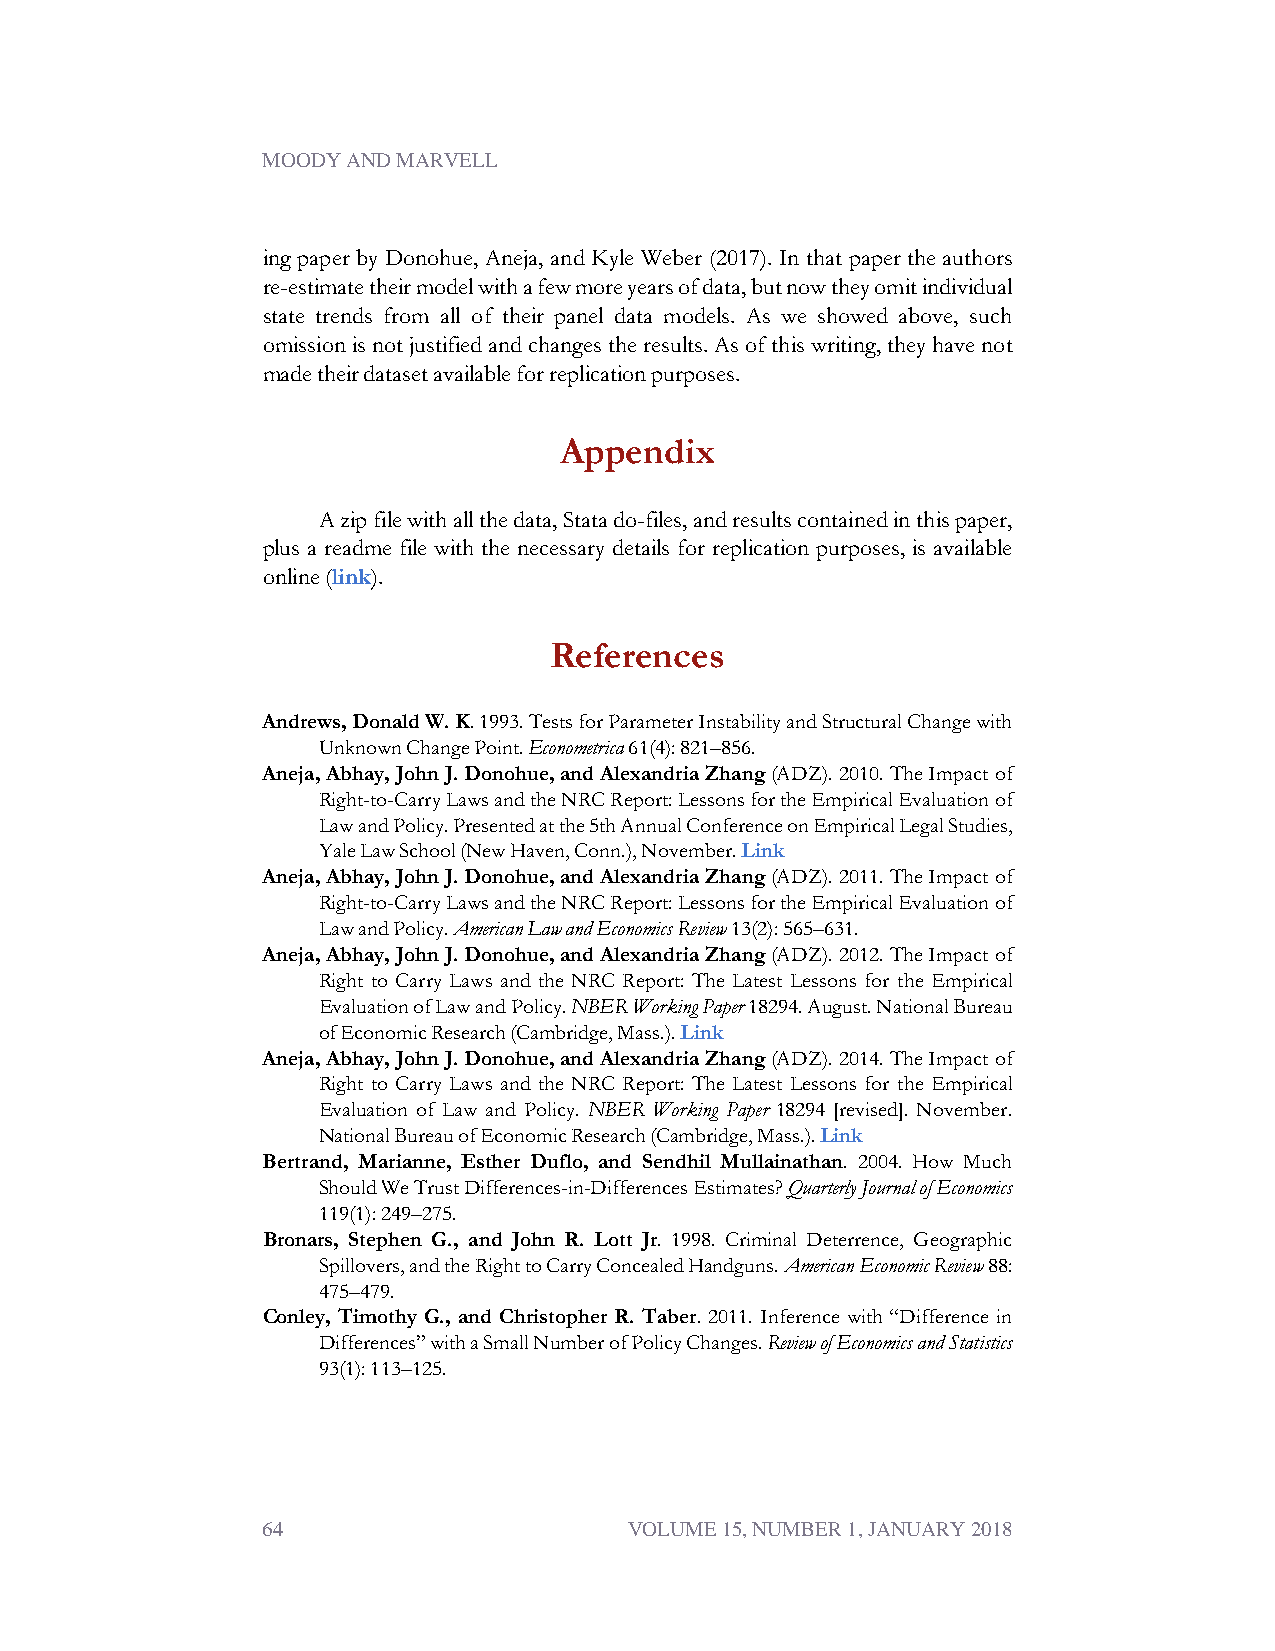
MOODY AND MARVELL
 ing paper by Donohue, Aneja, and Kyle Weber (2017). In that paper the authors
 re-estimatetheirmodelwithafewmoreyearsofdata,butnowtheyomitindividual
 state trends from all of their panel data models. As we showed above, such
 omissionisnotjustifiedandchangestheresults.Asofthiswriting,theyhavenot
 madetheirdatasetavailableforreplicationpurposes.
 Appendix
 Azipfilewithallthedata,Statado-files,andresultscontainedinthispaper,
 plus a readme file with the necessary details for replication purposes, is available
 online(link).
 References
 Andrews,DonaldW.K.1993.TestsforParameterInstabilityandStructuralChangewith
 UnknownChangePoint.Econometrica61(4):821–856.
 Aneja,Abhay,JohnJ.Donohue,andAlexandriaZhang(ADZ).2010.TheImpactof
 Right-to-CarryLawsandtheNRCReport:LessonsfortheEmpiricalEvaluationof
 LawandPolicy.Presentedatthe5thAnnualConferenceonEmpiricalLegalStudies,
 YaleLawSchool(NewHaven,Conn.),November.Link
 Aneja,Abhay,JohnJ.Donohue,andAlexandriaZhang(ADZ).2011.TheImpactof
 Right-to-CarryLawsandtheNRCReport:LessonsfortheEmpiricalEvaluationof
 LawandPolicy.AmericanLawandEconomicsReview13(2):565–631.
 Aneja,Abhay,JohnJ.Donohue,andAlexandriaZhang(ADZ).2012.TheImpactof
 Right to Carry Laws and the NRC Report: The Latest Lessons for the Empirical
 EvaluationofLawandPolicy.NBERWorkingPaper18294.August.NationalBureau
 ofEconomicResearch(Cambridge,Mass.).Link
 Aneja,Abhay,JohnJ.Donohue,andAlexandriaZhang(ADZ).2014.TheImpactof
 Right to Carry Laws and the NRC Report: The Latest Lessons for the Empirical
 Evaluation of Law and Policy. NBER Working Paper 18294 [revised]. November.
 NationalBureauofEconomicResearch(Cambridge,Mass.).Link
 Bertrand, Marianne, Esther Duflo, and Sendhil Mullainathan. 2004. How Much
 ShouldWeTrustDifferences-in-DifferencesEstimates?QuarterlyJournalofEconomics
 119(1):249–275.
 Bronars, Stephen G., and John R. Lott Jr. 1998. Criminal Deterrence, Geographic
 Spillovers,andtheRighttoCarryConcealedHandguns.AmericanEconomicReview88:
 475–479.
 Conley, Timothy G., and Christopher R. Taber. 2011. Inference with “Difference in
 Differences”withaSmallNumberofPolicyChanges.ReviewofEconomicsandStatistics
 93(1):113–125.
 64                       VOLUME 15, NUMBER 1, JANUARY 2018